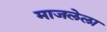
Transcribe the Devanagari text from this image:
माजलेला